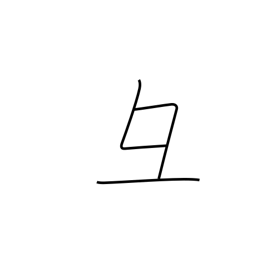
Meaning: pig's head radical variant (no. 58)